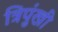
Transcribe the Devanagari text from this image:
त्रिपुंखी